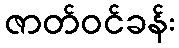
ဇာတ်ဝင်ခန်း